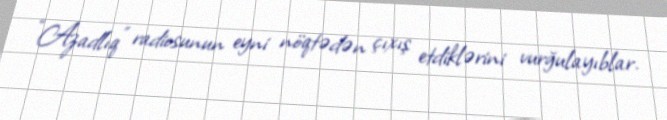
“Azadlıq” radiosunun eyni nöqtədən çıxış etdiklərini vurğulayıblar.